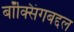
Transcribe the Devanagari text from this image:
बॉक्सिंगबद्दल